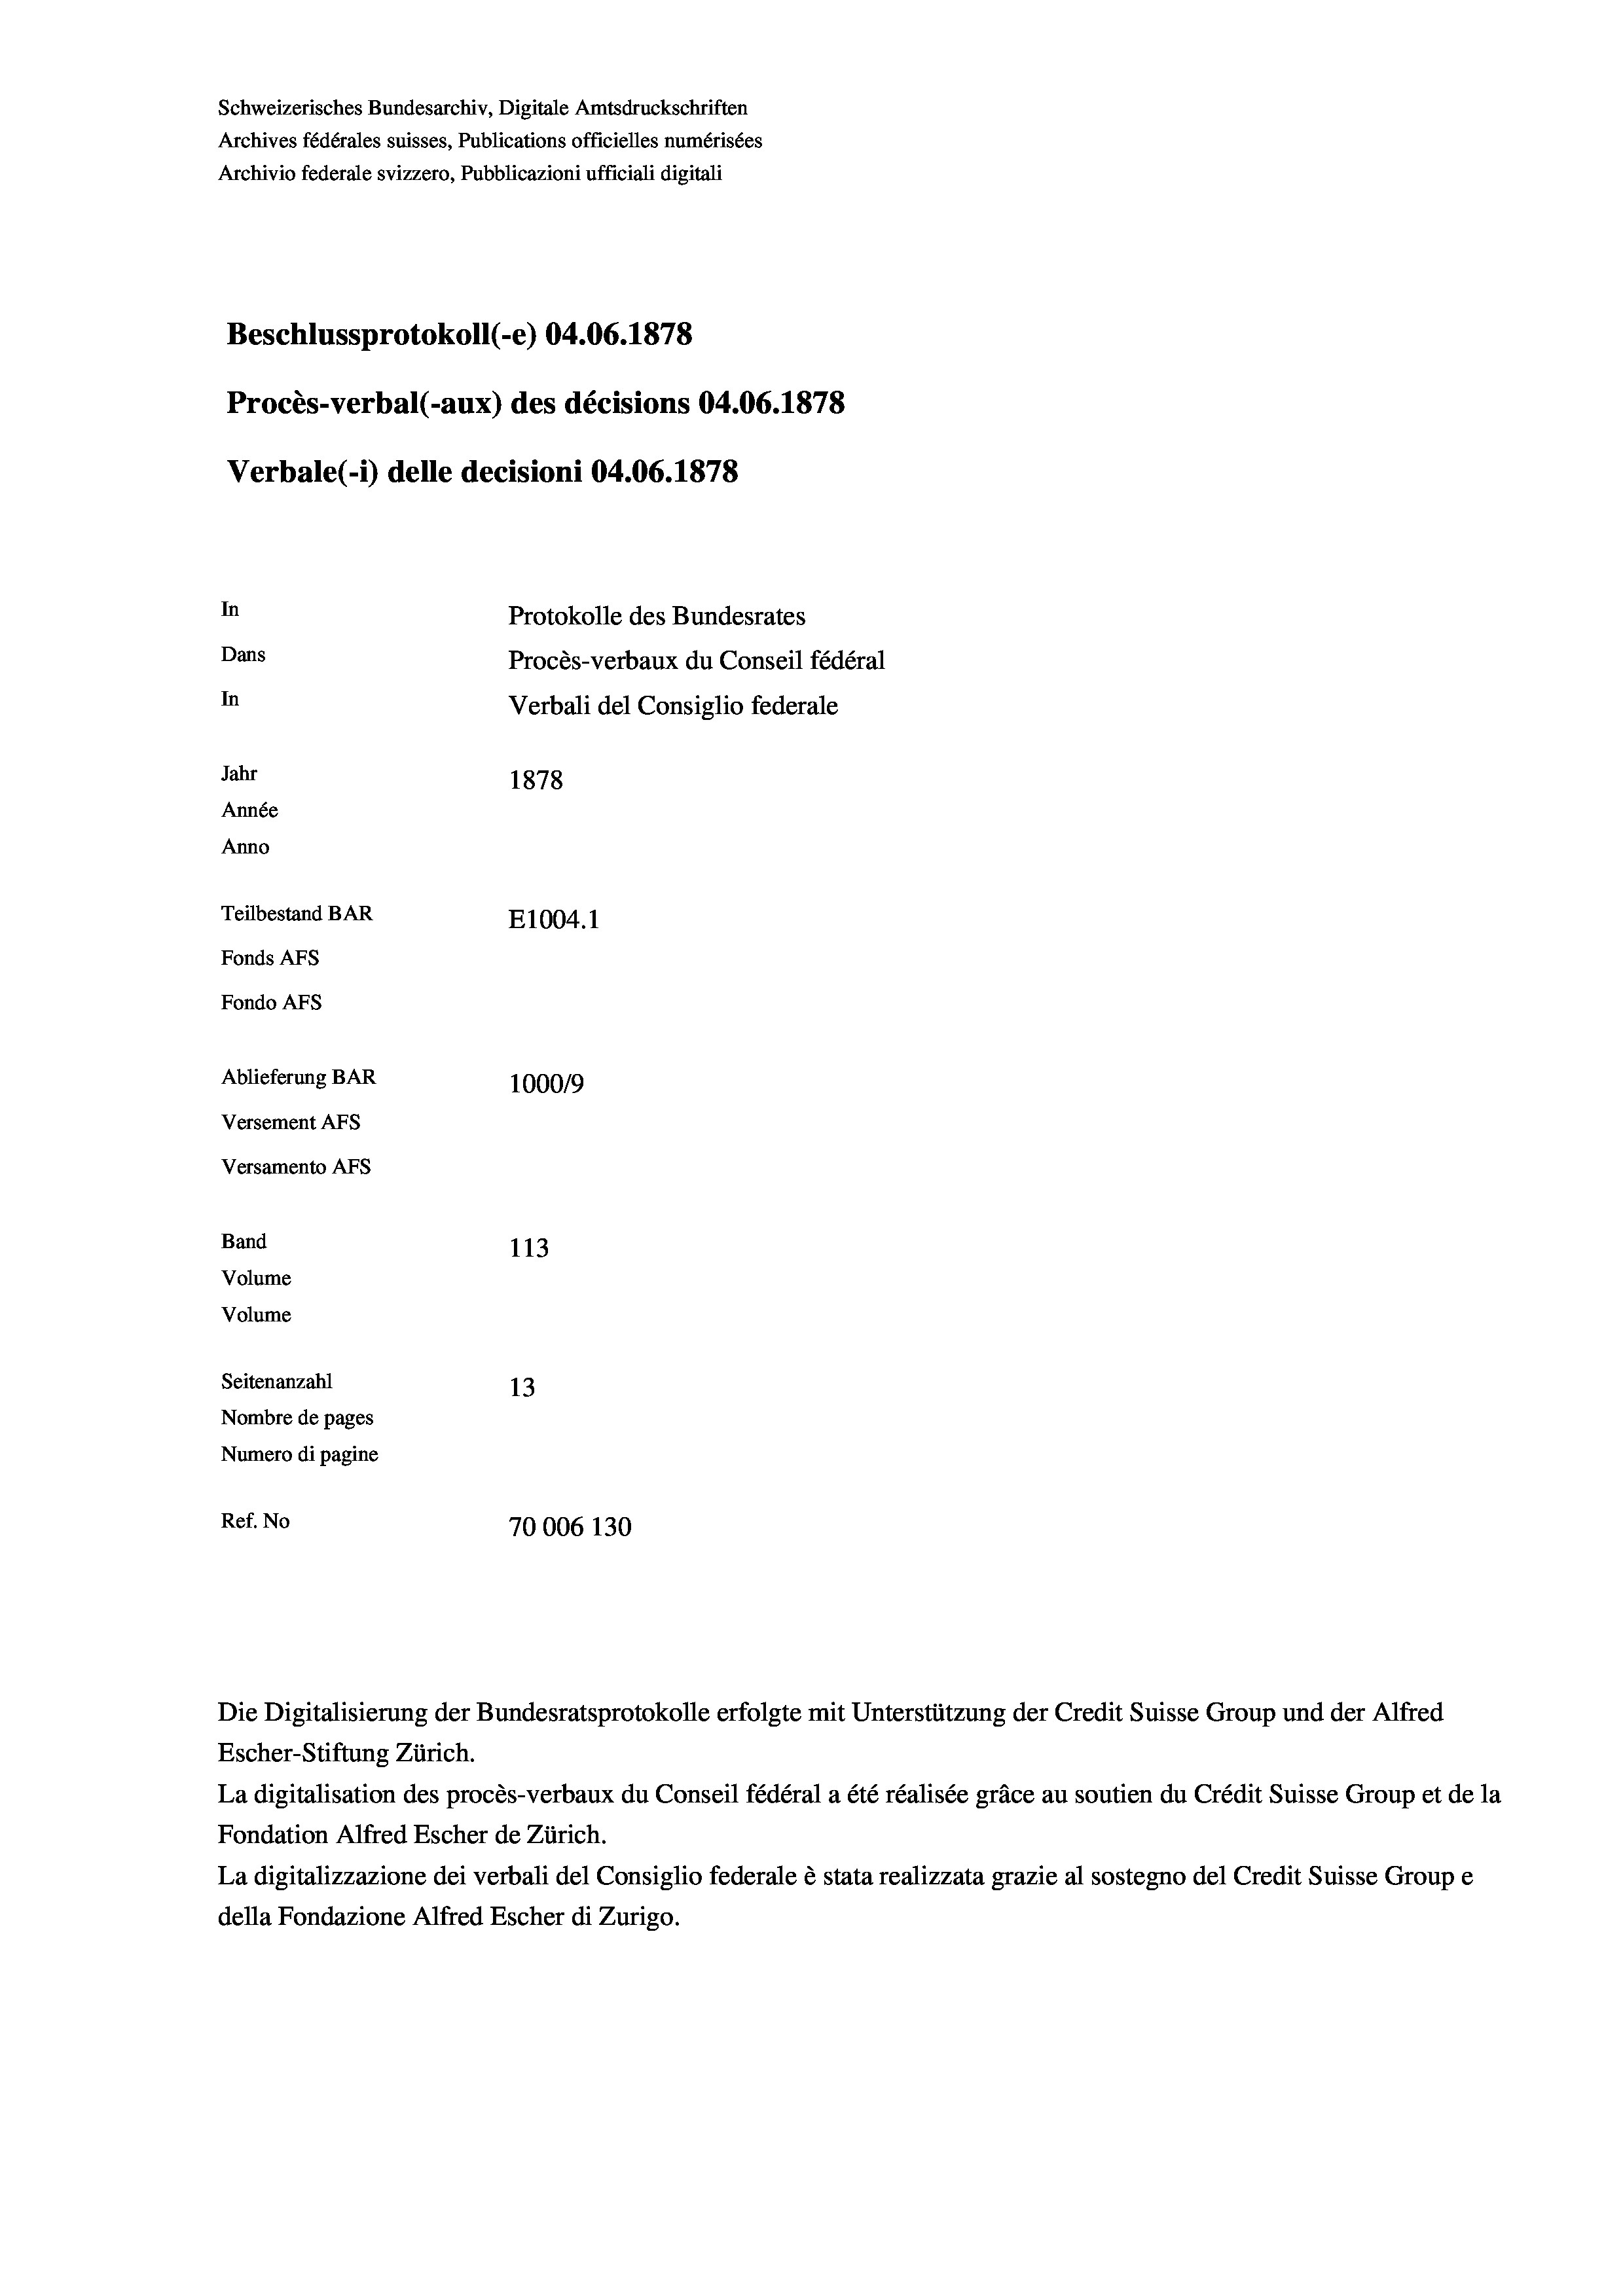
Schweizerisches Bundesarchiv, Digitale Amtsdruckschriften
Archives fédérales suisses, Publications officielles numérisées
Archivio federale svizzero, Pubblicazioni ufficiali digitali
Beschlussprotokoll (-e) 04.06. 1878
Procès-verbal (-aux) des décisions 04.06. 1878
Verbale (1) delle decisioni 04.06. 1878
In
Protokolle des Bundesrates
Dans
Procès-verbaux du Conseil fédéral
In
Verbali del Consiglio federale
Jahr
1878
Année
Anno
Teilbestand BAR
E1004. 1
Fonds AFs
Fondo AFs
Ablieferung BAR
1000/9
Versement Abs
Versamento AFs
Band
113
Volume
Volume

Seitenanzahl
13
Nombre de pages
Numero di pagine
Ref. No
70006 130

Escher-Stiftung Zürich.
La digitalisation des procès-verbaux du Conseil fédéral a été réalisée gräce au soutien du Crédit Suisse Group et de la
Fondation Alfred Escher de Zürich.
La digitalizzazione dei verbali del Consiglio federale è stata realizzata grazie al sostegno del Credit Suisse Groupe
della Fondazione Alfred Escher di Zurigo.

Die Digitalisierung der Bundesratsprotokolle erfolgte mit Unterstützung der Credit Suisse Group und der Alfred